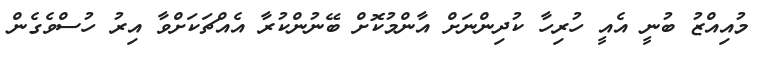
މުއިއްޒު ބުނީ އެއީ ހުރިހާ ކުދިންނަށް އާންމުކޮށް ބޭނުންކުރާ އެއްޗަކަށްވާ އިރު ހުސްވެގެން